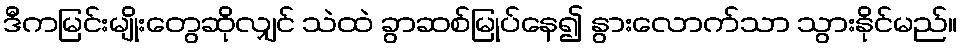
ဒီကမြင်းမျိုးတွေဆိုလျှင် သဲထဲ ခွာဆစ်မြုပ်နေ၍ နွားလောက်သာ သွားနိုင်မည်။